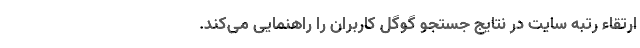
ارتقاء رتبه سایت در نتایج جستجو گوگل کاربران را راهنمایی می‌کند.